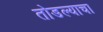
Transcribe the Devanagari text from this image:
तोडल्याचा